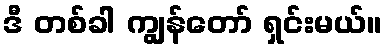
ဒီ တစ်ခါ ကျွန်တော် ရှင်းမယ်။